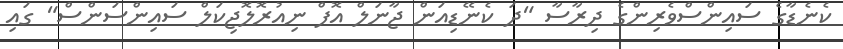
ކެނެޑާގެ ސައިންސްވެރިންގެ ދިރާސާ "ދަ ކެނޭޑިއަން ޖާނަލް އޮފް ނިއުރޮލޮޖިކަލް ސައިންސަންސް" ގައި